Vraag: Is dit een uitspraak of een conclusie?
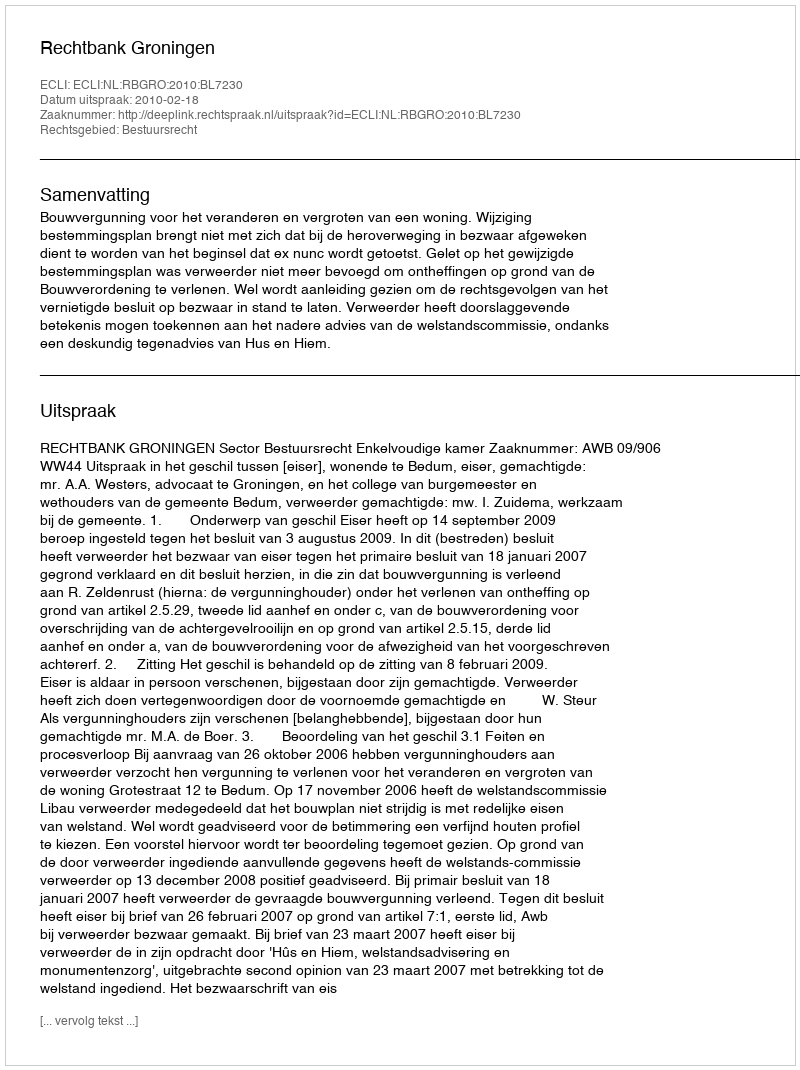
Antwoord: Uitspraak